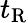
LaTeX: t_{\mathrm{R}}